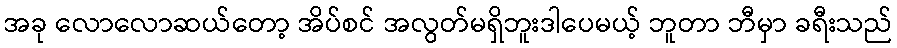
အခု လောလောဆယ်တော့ အိပ်စင် အလွတ်မရှိဘူးဒါပေမယ့် ဘူတာ ဘီမှာ ခရီးသည်